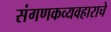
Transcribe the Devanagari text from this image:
संगणकव्यवहाराचे